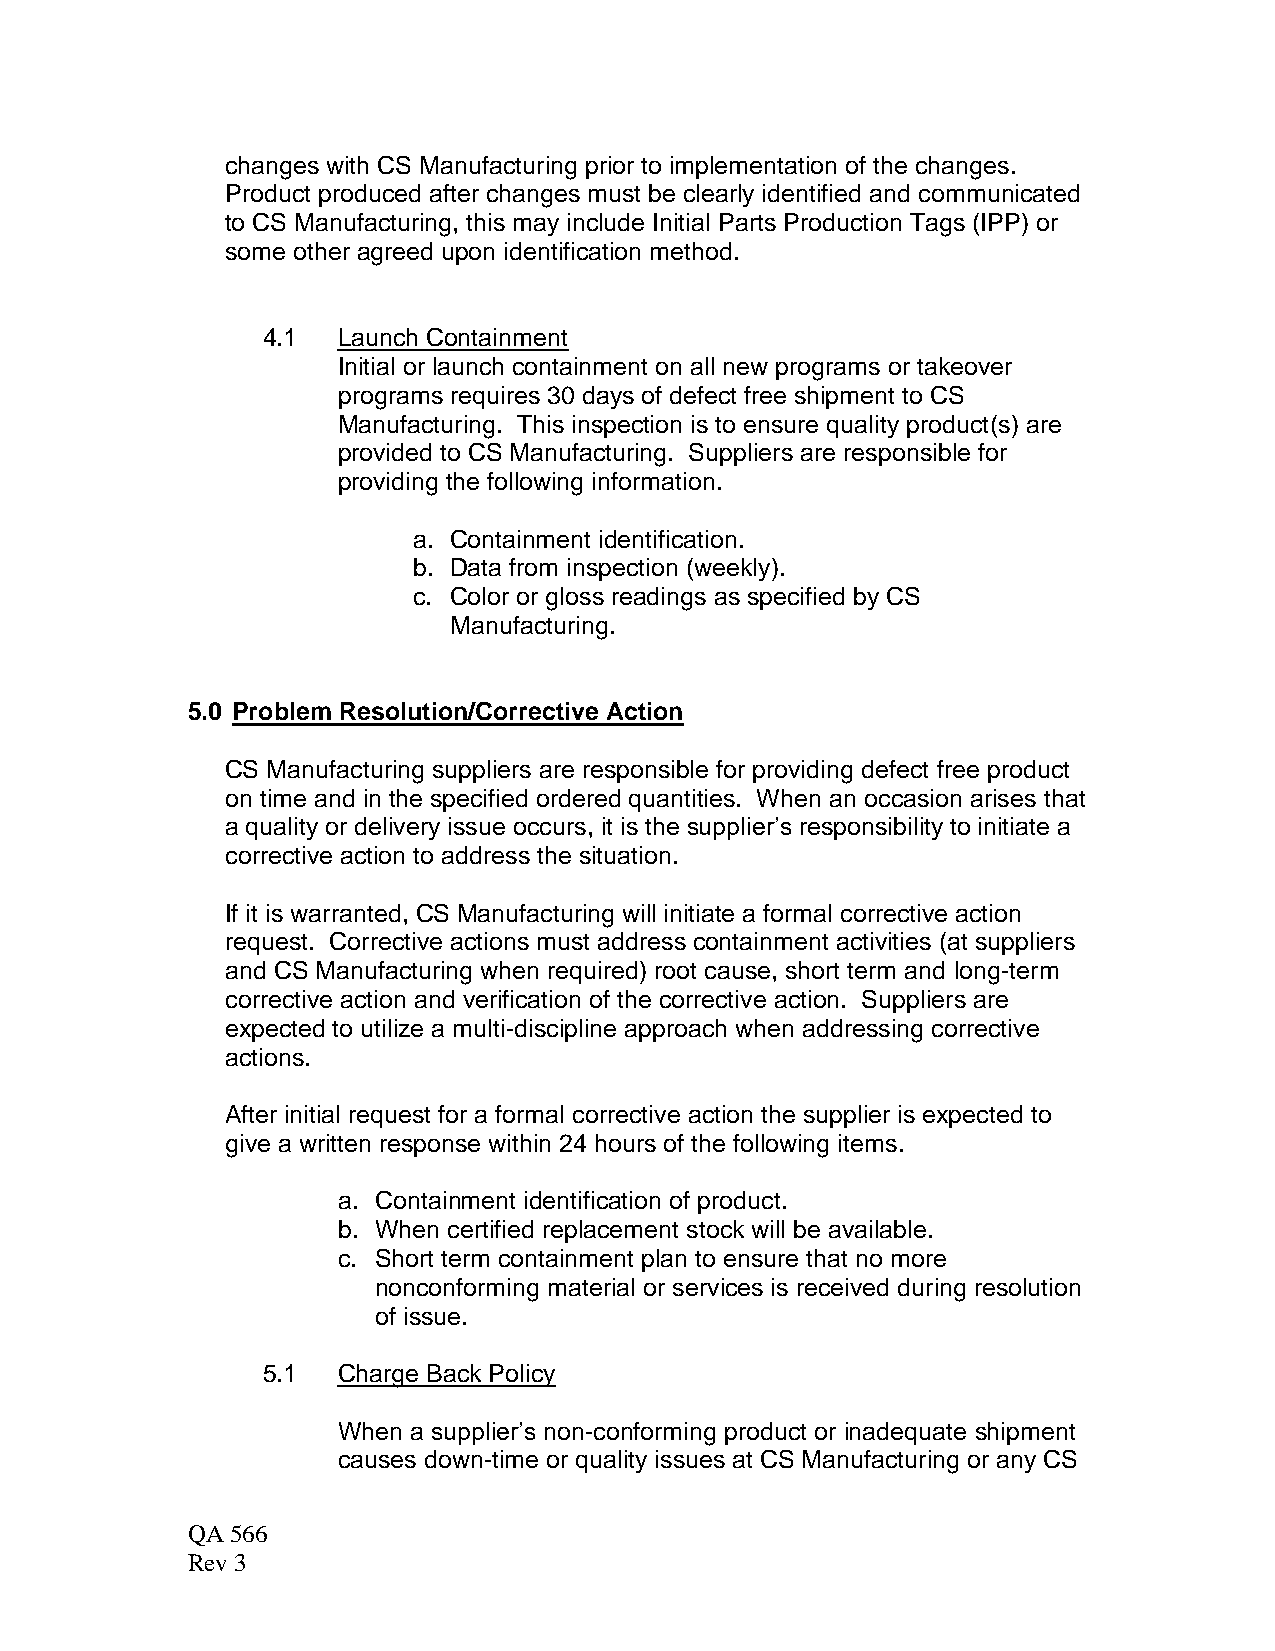
changes with CS Manufacturing prior to implementation of the changes.
 Product produced after changes must be clearly identified and communicated
 to CS Manufacturing, this may include Initial Parts Production Tags (IPP) or
 some other agreed upon identification method.
 4.1  Launch Containment
 Initial or launch containment on all new programs or takeover
 programs requires 30 days of defect free shipment to CS
 Manufacturing. This inspection is to ensure quality product(s) are
 provided to CS Manufacturing. Suppliers are responsible for
 providing the following information.
 a. Containment identification.
 b. Data from inspection (weekly).
 c. Color or gloss readings as specified by CS
 Manufacturing.
 5.0 Problem Resolution/Corrective Action
 CS Manufacturing suppliers are responsible for providing defect free product
 on time and in the specified ordered quantities. When an occasion arises that
 a quality or delivery issue occurs, it is the supplier’s responsibility to initiate a
 corrective action to address the situation.
 If it is warranted, CS Manufacturing will initiate a formal corrective action
 request. Corrective actions must address containment activities (at suppliers
 and CS Manufacturing when required) root cause, short term and long-term
 corrective action and verification of the corrective action. Suppliers are
 expected to utilize a multi-discipline approach when addressing corrective
 actions.
 After initial request for a formal corrective action the supplier is expected to
 give a written response within 24 hours of the following items.
 a. Containment identification of product.
 b. When certified replacement stock will be available.
 c. Short term containment plan to ensure that no more
 nonconforming material or services is received during resolution
 of issue.
 5.1  Charge Back Policy
 When a supplier’s non-conforming product or inadequate shipment
 causes down-time or quality issues at CS Manufacturing or any CS
 QA 566
 Rev 3